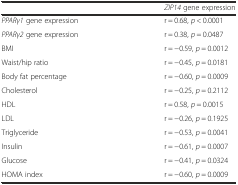
<table><thead><tr><td></td><td><b><i>ZIP14</i> gene expression</b></td></tr></thead><tbody><tr><td><i>PPARγ1</i> gene expression</td><td>r = 0.68, <i>p</i> &lt; 0.0001</td></tr><tr><td><i>PPARγ2</i> gene expression</td><td>r = 0.38, <i>p</i> = 0.0487</td></tr><tr><td>BMI</td><td>r = −0.59, <i>p</i> = 0.0012</td></tr><tr><td>Waist/hip ratio</td><td>r = −0.45, <i>p</i> = 0.0181</td></tr><tr><td>Body fat percentage</td><td>r = −0.60, <i>p</i> = 0.0009</td></tr><tr><td>Cholesterol</td><td>r = −0.25, <i>p</i> = 0.2112</td></tr><tr><td>HDL</td><td>r = 0.58, <i>p</i> = 0.0015</td></tr><tr><td>LDL</td><td>r = −0.26, <i>p</i> = 0.1925</td></tr><tr><td>Triglyceride</td><td>r = −0.53, <i>p</i> = 0.0041</td></tr><tr><td>Insulin</td><td>r = −0.61, <i>p</i> = 0.0007</td></tr><tr><td>Glucose</td><td>r = −0.41, <i>p</i> = 0.0324</td></tr><tr><td>HOMA index</td><td>r = −0.60, <i>p</i> = 0.0009</td></tr></tbody></table>